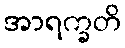
အာရက္ခတိ